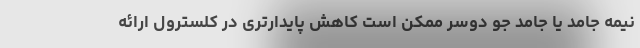
نیمه جامد یا جامد جو دوسر ممکن است کاهش پایدارتری در کلسترول ارائه